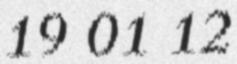
19 01 12